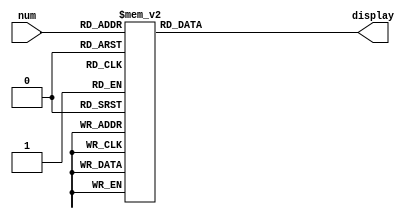
/*  Module to convert a binary number to a 7-segment display
    Author: Sebastian Garcia
    Date: October 2021
*/

module module_bin_2_7seg
(
    input [3:0] num,
    output reg [6:0] display
);

// Logic table
always @(*)
    case (num)
        4'd0:  display = 7'b1000000;
        4'd1:  display = 7'b1111001;
        4'd2:  display = 7'b0100100;
        4'd3:  display = 7'b0110000;
        4'd4:  display = 7'b0011001;
        4'd5:  display = 7'b0010010;
        4'd6:  display = 7'b0000010;
        4'd7:  display = 7'b1111000;
        4'd8:  display = 7'b0000000;
        4'd9:  display = 7'b0011000;
        4'd10: display = 7'b0001000;
        4'd11: display = 7'b0000011;
        4'd12: display = 7'b1000110;
        4'd13: display = 7'b0100001;
        4'd14: display = 7'b0000110;
        4'd15: display = 7'b0001110;
    endcase

endmodule